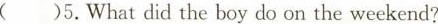
( )5.What did the boy do on the weekend?